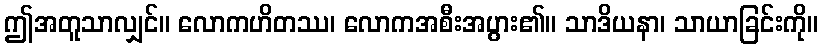
ဤအတူသာလျှင်။ လောကဟိတဿ၊ လောကအစီးအပွား၏။ သာဒိယနာ၊ သာယာခြင်းကို။